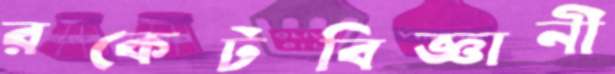
রকেটবিজ্ঞানী